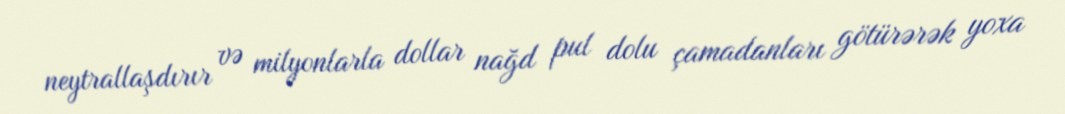
neytrallaşdırır və milyonlarla dollar nağd pul dolu çamadanları götürərək yoxa